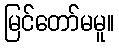
မြင်တော်မမူ။